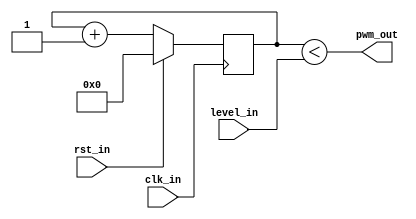
`timescale 1ns / 1ps
//////////////////////////////////////////////////////////////////////////////////
// Company: 
// Engineer: 
// 
// Design Name: 
// Module Name: pwm
// Project Name: 
// Target Devices: 
// Tool Versions: 
// Description: 
// 
// Dependencies: 
// 
// Revision:
// Revision 0.01 - File Created
// Additional Comments:
// 
//////////////////////////////////////////////////////////////////////////////////


//PWM generator for audio generation!
module pwm (input clk_in, input rst_in, input [7:0] level_in, output wire pwm_out);
    reg [7:0] count;
    assign pwm_out = count<level_in;
    always @(posedge clk_in)
    begin
        if (rst_in)begin
            count <= 8'b0;
        end else begin
            count <= count+8'b1;
        end
    end
endmodule